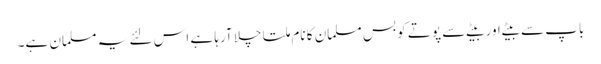
باپ سے بیٹے اور بیٹے سے پوتے کو بس مسلمان کا نام ملتا چلا آرہا ہے اس لئے یہ مسلمان ہے۔